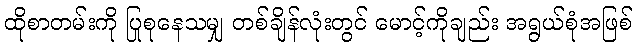
ထိုစာတမ်းကို ပြုစုနေသမျှ တစ်ချိန်လုံးတွင် မောင့်ကိုချည်း အရွယ်စုံအဖြစ်